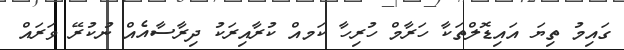
ގައިމު ތިޔަ އައިޑޮލްތަކާ ހަރާމް ހުރިހާ ކަމއް ކުރާއިރަކު ދިރާސާއެއް ނުކުރޭ ވަރައް